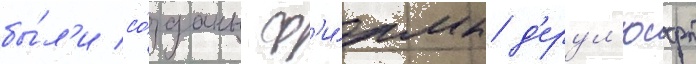
бы́л'и со́зданы ф'и́рмы д'ерул'юфт